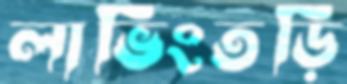
লাভিংতড়ি